Medical and sanitary report of the native army of Madras for the year
Year: 1878
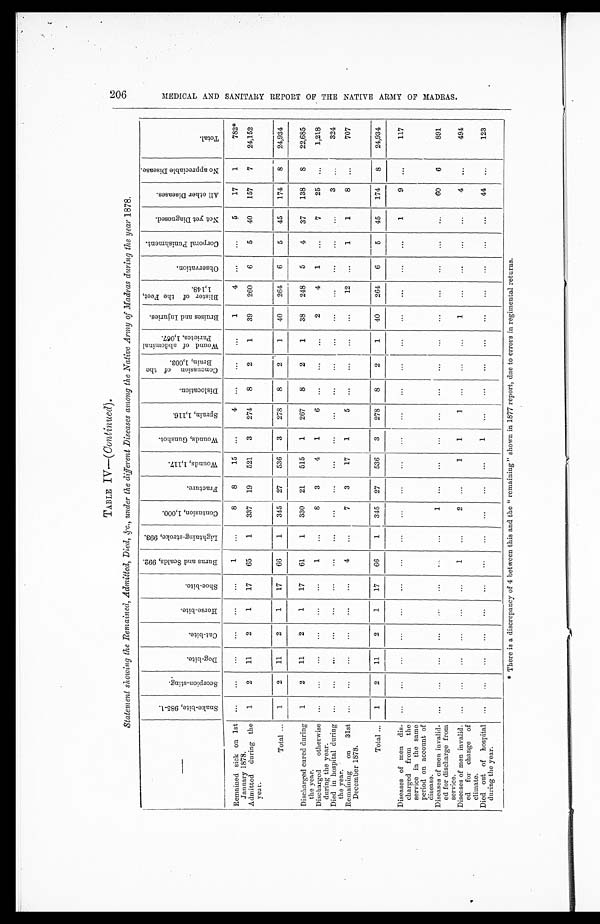
TABLE IV
(Continued).
Statement showing the Remained, Admitted, Died, &c. under the different Diseases among the Native Army of Madras during the year 1878.
—
S n a k e - b i t e , 9 8 5 - 1 .
S c o r p i o n - s t i n g .
D o g - b i t e .
C a t - b i t e .
H o r s e - b i t e .
S h o e - b i t e .
B u r n s a n d S c a l d s , 9 9 2 .
L i g h t n i n g - s t r o k e , 9 9 3 .
C o n t u s i o n , 1 , 0 0 0 .
F r a c t u r e .
W o u n d s , 1 , 1 1 7 .
W o u n d s , G u n s h o t .
S p r a i n , 1 , 1 1 6 .
D i s l o c a t i o n .
C o n c u s s i o n o f t h e B r a i n , 1 , 0 0 3 .
W o u n d o f a b d o m i n a l P a r i e t e s , 1 , 0 6 7 .
B r u i s e s a n d I n j u r i e s .
B l i s t e r o f t h e F e e t , 1 , 1 4 8 .
O b s e r v a t i o n .
C o r p o r a l P u n i s h m e n t .
N o t y e t D i a g n o s e d .
A l l o t h e r D i s e a s e s .
N o a p p r e c i a b l e D i s e a s e .
T o t a l .
_
Remained sick on 1st
January 1878.
. . .
. . .
. . .
. . .
. . .
. . .
1
. . .
8
8
15
. . .
4
. . .
. . .
. . .
1
4
. . .
. . .
5
17
1
782*
Admitted during the
year.
1
2
11
2
1
17
65
1
337
19
521
3
274
8
2
1
39
260
6
5
40
157
7
24,152
Total . . .
1
2
11
2
1
17
66
1
345
27
536
3
278
8
2
1
40
264
6
5
45
174
8
24,934
Discharged cured during-
the year.
1
2
11
2
1
17
61
1
330
21
515
1
267
8
2
1
38
248
5
4
37
138
8
22,685
Discharged otherwise
during the year.
. . .
. . .
. . .
. . .
. . .
. . .
1
. . .
8
3
4
1
6
. . .
. . .
. . .
2
4
1
. . .
7
25
. . .
1,218
Died in hospital during
the year.
. . .
. . .
. . .
. . .
. . .
. . .
. . .
. . .
. . .
. . .
. . .
. . .
. . .
. . .
. . .
. . .
. . .
. . .
. . .
. . .
. . .
3
. . .
324
Remaining on 31st
December 1878.
. . .
. . .
. . .
. . .
. . .
. . .
4
. . .
7
3
17
1
5
. . .
. . .
. . .
. . .
12
. . .
1
1
8
. . .
707
T o t a l . . .
1
2
11
2
1
17
66
1
345
27
536
3
278
8
2
1
40
264
6
5
45
174
8
24,934
Diseases of men dis-
charged from the
service in the same
period on account of
disease.
. . .
. . .
. . .
. . .
. . .
. . .
. . .
. . .
. . .
. . .
. . .
. . .
. . .
. . .
. . .
. . .
. . .
. . .
. . .
. . .
1
9
. . .
117
Diseases of men invalid-
ed for discharge from
service.
. . .
. . .
. . .
. . .
. . .
. . .
. . .
. . .
1
. . .
. . .
. . .
. . .
. . .
. . .
. . .
. . .
. . .
. . .
. . .
. . .
60
6
891
Diseases of men invalid-
ed for change of
climate.
. . .
. . .
. . .
. . .
. . .
. . .
1
. . .
2
. . .
1
1
1
. . .
. . .
. . .
1
. . .
. . .
. . .
. . .
4
. . .
494
Died out of hospital
during the year.
. . .
. . .
. . .
. . .
. . .
. . .
. . .
. . .
. . .
. . .
. . .
1
. . .
. . .
. . .
. . .
. . .
. . .
. . .
. . .
. . .
44
. . .
123
* There is a discrepancy of 4 between this and the "remaining" shown in 1877 report, due to errors in regimental returns.
206
M E D I C A L A N D S A N I T A R Y R E P O R T O F T H E N A T I V E A R M Y O F M A D R A S .